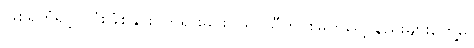
ဖြစ်ရတုံရှင့်၊ လုံးခြုံစုနှင်း၊ တရားမင်းဝယ်၊ သီတင်းမြတ်ငွေ့၊ နည်းများတွေ့မူ၊